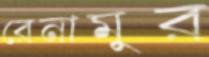
রেনামুর